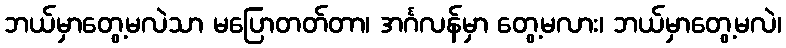
ဘယ်မှာတွေ့မလဲသာ မပြောတတ်တာ၊ အင်္ဂလန်မှာ တွေ့မလား၊ ဘယ်မှာတွေ့မလဲ၊